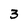
Character: 3